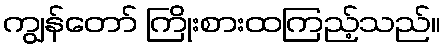
ကျွန်တော် ကြိုးစားထကြည့်သည်။